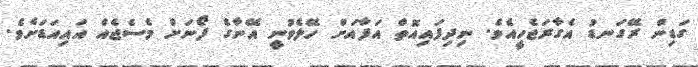
ގަޑިން ރޭގަނޑު އެގާރަޖެހީއެވެ. ނިދިފައިއޮތް އަފާއަށް ހޭލެވުނީ އޭނާގެ ފޯނަށް މެސެޖެއް އައިއަޑަށެވެ.